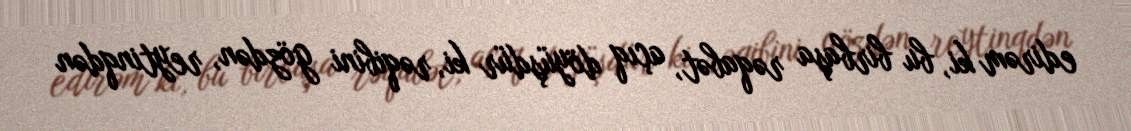
edirəm ki, bu birbaşa rəqabət, açıq döyüşdür ki, rəqibini gözdən, reytinqdən